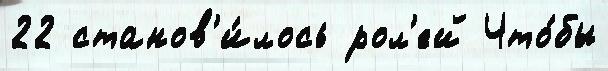
22 станов'и́лось рол'ей Что́бы